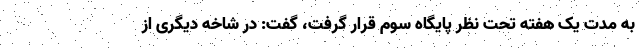
به مدت یک هفته تحت نظر پایگاه سوم قرار گرفت، گفت: در شاخه دیگری از